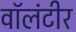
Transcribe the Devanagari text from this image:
वॉलंटीर